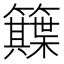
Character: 𥷕